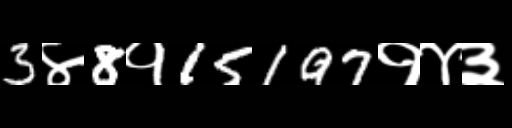
Text: 3४8१15197१४३